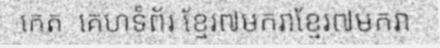
កេត  គេហទំព័រ ខ្មែរ៧មករាខ្មែរ៧មករា